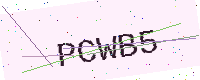
Text: PCWB5